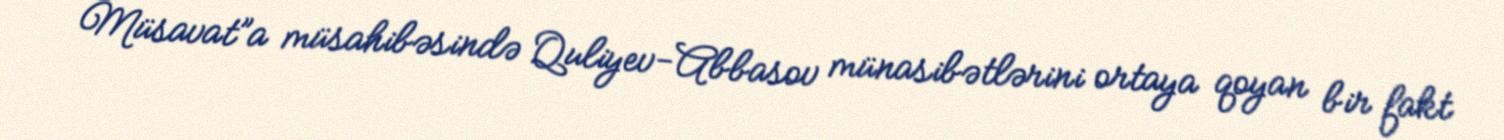
Müsavat”a müsahibəsində Quliyev-Abbasov münasibətlərini ortaya qoyan bir fakt